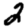
Digit: 2